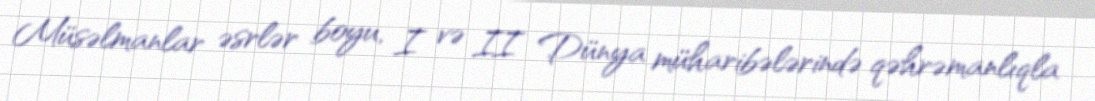
Müsəlmanlar əsrlər boyu, I və II Dünya müharibələrində qəhrəmanlıqla